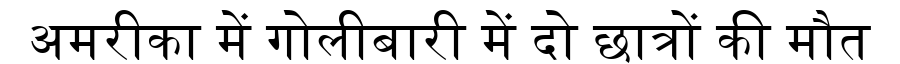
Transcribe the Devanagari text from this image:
अमरीका में गोलीबारी में दो छात्रों की मौत